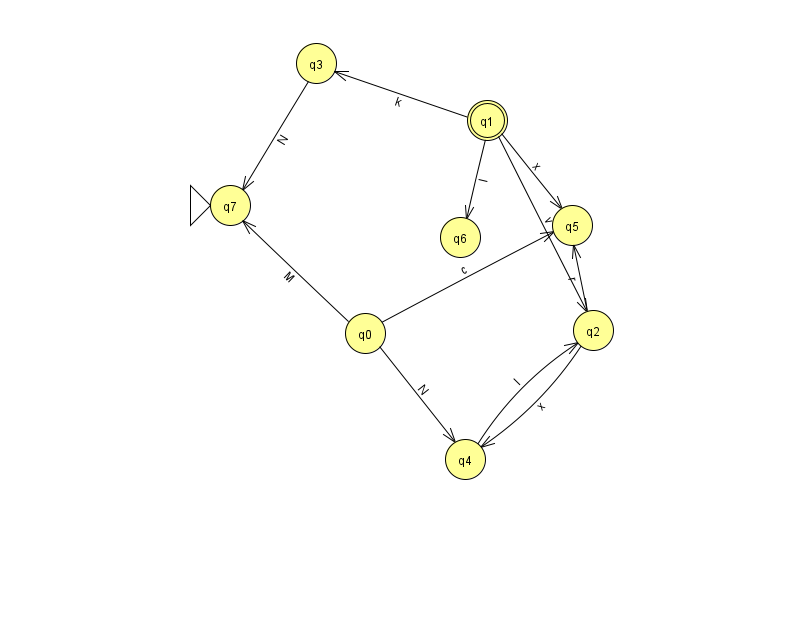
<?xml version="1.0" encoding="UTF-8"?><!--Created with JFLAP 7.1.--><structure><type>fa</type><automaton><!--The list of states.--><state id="0" name="q0"><x>365.0</x><y>320.0</y></state><state id="1" name="q1"><x>487.0</x><y>107.0</y><final/></state><state id="2" name="q2"><x>593.0</x><y>317.0</y></state><state id="3" name="q3"><x>316.0</x><y>50.0</y></state><state id="4" name="q4"><x>465.0</x><y>446.0</y></state><state id="5" name="q5"><x>572.0</x><y>212.0</y></state><state id="6" name="q6"><x>460.0</x><y>224.0</y></state><state id="7" name="q7"><x>230.0</x><y>192.0</y><initial/></state><!--The list of transitions.--><transition><from>2</from><to>5</to><read>r</read></transition><transition><from>1</from><to>2</to><read>v</read></transition><transition><from>1</from><to>3</to><read>k</read></transition><transition><from>1</from><to>6</to><read>l</read></transition><transition><from>2</from><to>4</to><read>x</read></transition><transition><from>4</from><to>2</to><read>I</read></transition><transition><from>0</from><to>4</to><read>N</read></transition><transition><from>0</from><to>5</to><read>c</read></transition><transition><from>0</from><to>7</to><read>M</read></transition><transition><from>1</from><to>5</to><read>x</read></transition><transition><from>3</from><to>7</to><read>N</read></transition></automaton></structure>